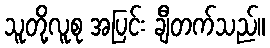
သူတို့လူစု အပြင်း ချီတက်သည်။